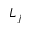
L _ { j }